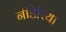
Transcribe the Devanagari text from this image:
नीडेरिया